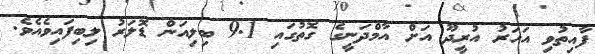
ފާއިތުވި އަހަރު އުރީދޫ އަށް އާމްދަނީގެ ގޮތުގައި 9.1 ބިލިއަން ޑޮލަރު ލިބިފައިވެއެވެ.